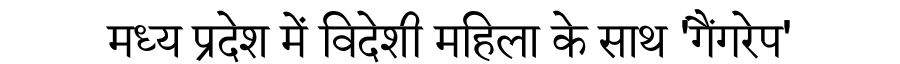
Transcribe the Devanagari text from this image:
मध्य प्रदेश में विदेशी महिला के साथ 'गैंगरेप'